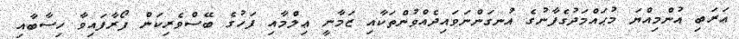
ޢަރަބި އުންމިއްޔަ މުޙައްމަދުގެފާނުގެ އުނގަންނަވައިދެއްވުންތަކާއި ޒަމާނީ ޢިލްމާއި ފަހުގެ ބޭސްވެރިކަން ފޯރާފައިވާ ހިސާބާއި